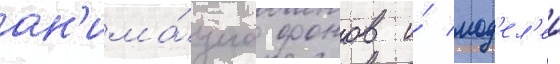
ан'има́циа фонов и́ мод'ел'еи